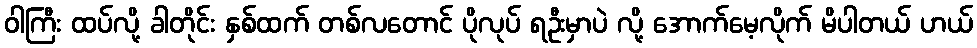
ဝါကြီး ထပ်လို့ ခါတိုင်း နှစ်ထက် တစ်လတောင် ပိုလုပ် ရဦးမှာပဲ လို့ အောက်မေ့လိုက် မိပါတယ် ဟယ်